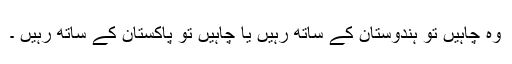
وہ چاہیں تو ہندوستان کے ساتھ رہیں یا چاہیں تو پاکستان کے ساتھ رہیں ۔